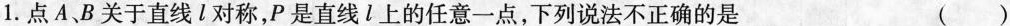
1.点A、B关于直线l对称，P是直线l上的任意一点，下列说法不正确的是 （）